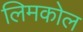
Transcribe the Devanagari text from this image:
लिमकोल